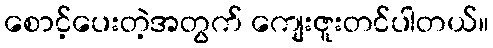
စောင့်ပေးတဲ့အတွက် ကျေးဇူးတင်ပါတယ်။